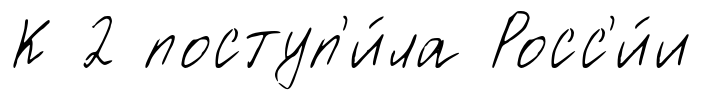
К 2 поступ'и́ла Росс'и́и